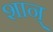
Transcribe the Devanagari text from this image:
शान्